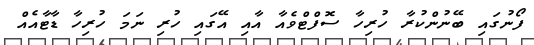
ފޯނުގައި ބޭނުންކުރާ ހުރިހާ ސޮފްޓްވެއާ އާއި އޭގައި ހުރި ނަމަ ހުރިހާ ޑާޓާއެއް